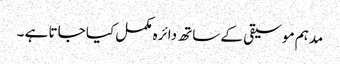
مدہم موسیقی کے ساتھ دائرہ مکمل کیا جاتا ہے ۔